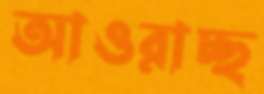
আওরাচ্ছ